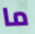
ما